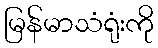
မြန်မာသံရုံးကို